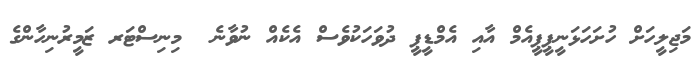
މަޖިލީހަށް ހުށަހަޅަނީޕީޕީއެމް އާއި އެމްޑީޕީ ދުވަހަކުވެސް އެކެއް ނުވާނެ  މިނިސްޓަރ ޒަމީރުނިހާންގެ